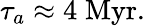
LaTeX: \tau_{a}\approx 4\; \mathrm{Myr}.